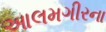
આલમગીરના